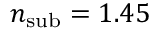
n _ { \mathrm { s u b } } = 1 . 4 5